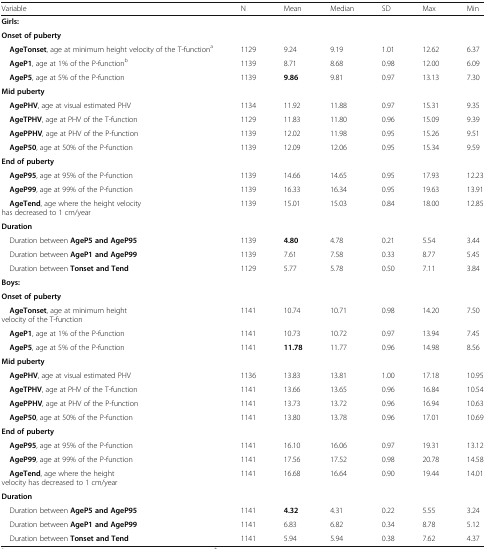
<table><thead><tr><td><b>Variable</b></td><td><b>N</b></td><td><b>Mean</b></td><td><b>Median</b></td><td><b>SD</b></td><td><b>Max</b></td><td><b>Min</b></td></tr></thead><tbody><tr><td colspan="7"><b>Girls:</b></td></tr><tr><td colspan="7"><b>Onset of puberty</b></td></tr><tr><td> <b>AgeTonset</b>, age at minimum height velocity of the T-function<sup>a</sup></td><td>1129</td><td>9.24</td><td>9.19</td><td>1.01</td><td>12.62</td><td>6.37</td></tr><tr><td> <b>AgeP1</b>, age at 1% of the P-function<sup>b</sup></td><td>1139</td><td>8.71</td><td>8.68</td><td>0.98</td><td>12.00</td><td>6.09</td></tr><tr><td> <b>AgeP5</b>, age at 5% of the P-function</td><td>1139</td><td><b>9.86</b></td><td>9.81</td><td>0.97</td><td>13.13</td><td>7.30</td></tr><tr><td colspan="7"><b>Mid puberty</b></td></tr><tr><td> <b>AgePHV</b>, age at visual estimated PHV</td><td>1134</td><td>11.92</td><td>11.88</td><td>0.97</td><td>15.31</td><td>9.35</td></tr><tr><td> <b>AgeTPHV</b>, age at PHV of the T-function</td><td>1129</td><td>11.83</td><td>11.80</td><td>0.96</td><td>15.09</td><td>9.39</td></tr><tr><td> <b>AgePPHV</b>, age at PHV of the P-function</td><td>1139</td><td>12.02</td><td>11.98</td><td>0.95</td><td>15.26</td><td>9.51</td></tr><tr><td> <b>AgeP50</b>, age at 50% of the P-function</td><td>1139</td><td>12.09</td><td>12.06</td><td>0.95</td><td>15.34</td><td>9.59</td></tr><tr><td colspan="7"><b>End of puberty</b></td></tr><tr><td> <b>AgeP95</b>, age at 95% of the P-function</td><td>1139</td><td>14.66</td><td>14.65</td><td>0.95</td><td>17.93</td><td>12.23</td></tr><tr><td> <b>AgeP99</b>, age at 99% of the P-function</td><td>1139</td><td>16.33</td><td>16.34</td><td>0.95</td><td>19.63</td><td>13.91</td></tr><tr><td> <b>AgeTend</b>, age where the height velocityhas decreased to 1 cm/year</td><td>1139</td><td>15.01</td><td>15.03</td><td>0.84</td><td>18.00</td><td>12.85</td></tr><tr><td colspan="7"><b>Duration</b></td></tr><tr><td> Duration between <b>AgeP5 and AgeP95</b></td><td>1139</td><td><b>4.80</b></td><td>4.78</td><td>0.21</td><td>5.54</td><td>3.44</td></tr><tr><td> Duration between <b>AgeP1 and AgeP99</b></td><td>1139</td><td>7.61</td><td>7.58</td><td>0.33</td><td>8.77</td><td>5.45</td></tr><tr><td> Duration between <b>Tonset and Tend</b></td><td>1129</td><td>5.77</td><td>5.78</td><td>0.50</td><td>7.11</td><td>3.84</td></tr><tr><td colspan="7"><b>Boys:</b></td></tr><tr><td colspan="7"><b>Onset of puberty</b></td></tr><tr><td> <b>AgeTonset</b>, age at minimum heightvelocity of the T-function</td><td>1141</td><td>10.74</td><td>10.71</td><td>0.98</td><td>14.20</td><td>7.50</td></tr><tr><td> <b>AgeP1</b>, age at 1% of the P-function</td><td>1141</td><td>10.73</td><td>10.72</td><td>0.97</td><td>13.94</td><td>7.45</td></tr><tr><td> <b>AgeP5</b>, age at 5% of the P-function</td><td>1141</td><td><b>11.78</b></td><td>11.77</td><td>0.96</td><td>14.98</td><td>8.56</td></tr><tr><td colspan="7"><b>Mid puberty</b></td></tr><tr><td> <b>AgePHV</b>, age at visual estimated PHV</td><td>1136</td><td>13.83</td><td>13.81</td><td>1.00</td><td>17.18</td><td>10.95</td></tr><tr><td> <b>AgeTPHV</b>, age at PHV of the T-function</td><td>1141</td><td>13.66</td><td>13.65</td><td>0.96</td><td>16.84</td><td>10.54</td></tr><tr><td> <b>AgePPHV</b>, age at PHV of the P-function</td><td>1141</td><td>13.73</td><td>13.72</td><td>0.96</td><td>16.94</td><td>10.63</td></tr><tr><td> <b>AgeP50</b>, age at 50% of the P-function</td><td>1141</td><td>13.80</td><td>13.78</td><td>0.96</td><td>17.01</td><td>10.69</td></tr><tr><td><b>End of puberty</b></td><td></td><td></td><td></td><td></td><td></td><td></td></tr><tr><td> <b>AgeP95</b>, age at 95% of the P-function</td><td>1141</td><td>16.10</td><td>16.06</td><td>0.97</td><td>19.31</td><td>13.12</td></tr><tr><td> <b>AgeP99</b>, age at 99% of the P-function</td><td>1141</td><td>17.56</td><td>17.52</td><td>0.98</td><td>20.78</td><td>14.58</td></tr><tr><td> <b>AgeTend</b>, age where the heightvelocity has decreased to 1 cm/year</td><td>1141</td><td>16.68</td><td>16.64</td><td>0.90</td><td>19.44</td><td>14.01</td></tr><tr><td colspan="7"><b>Duration</b></td></tr><tr><td> Duration between <b>AgeP5 and AgeP95</b></td><td>1141</td><td><b>4.32</b></td><td>4.31</td><td>0.22</td><td>5.55</td><td>3.24</td></tr><tr><td> Duration between <b>AgeP1 and AgeP99</b></td><td>1141</td><td>6.83</td><td>6.82</td><td>0.34</td><td>8.78</td><td>5.12</td></tr><tr><td> Duration between <b>Tonset and Tend</b></td><td>1141</td><td>5.94</td><td>5.94</td><td>0.38</td><td>7.62</td><td>4.37</td></tr></tbody></table>